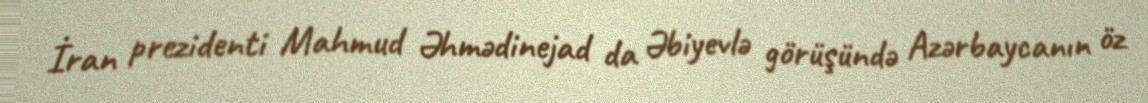
İran prezidenti Mahmud Əhmədinejad da Əbiyevlə görüşündə Azərbaycanın öz